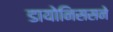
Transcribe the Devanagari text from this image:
डायोनिससने